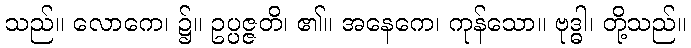
သည်။ လောကေ၊ ၌။ ဥပ္ပဇ္ဇတိ၊ ၏။ အနေကေ၊ ကုန်သော။ ဗုဒ္ဓါ၊ တို့သည်။